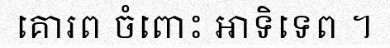
គោរព ចំពោះ អាទិទេព ។